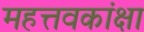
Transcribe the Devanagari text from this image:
महत्तवकांक्षा